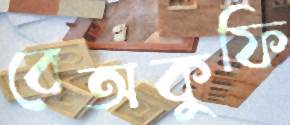
বেঅকুফি